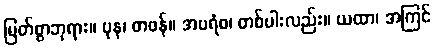
မြတ်စွာဘုရား။ ပုန၊ တဖန်။ အပရံစ၊ တစ်ပါးလည်း။ ယထာ၊ အကြင်